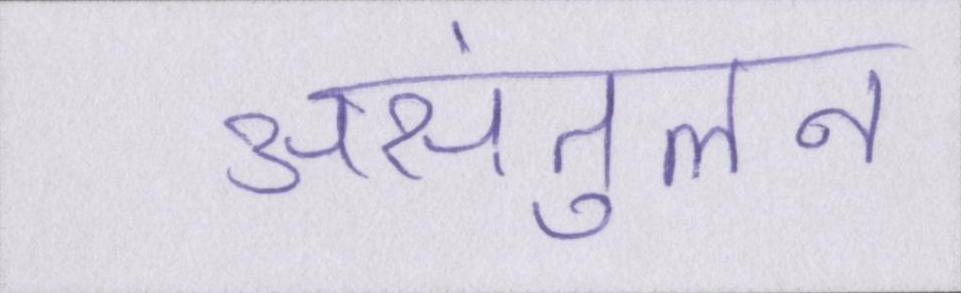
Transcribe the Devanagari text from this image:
असंतुलन